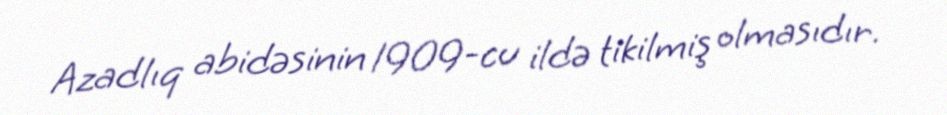
Azadlıq abidəsinin 1909-cu ildə tikilmiş olmasıdır.